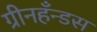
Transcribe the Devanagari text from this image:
ग्रीनहँन्डस